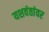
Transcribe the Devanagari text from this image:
यशवंतांवर